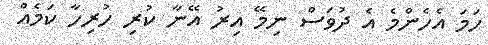
ހަމަ އެހެންމެ އެ ދުވަސް ނިމޭ އިރު އޭނާ ކުރި ހުރިހާ ކަމެއް